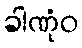
ခါဏုံဝ